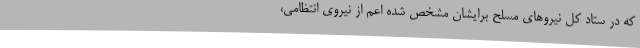
که در ستاد کل نیروهای مسلح برایشان مشخص شده اعم از نیروی انتظامی،